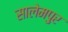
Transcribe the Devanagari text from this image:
सालेमपुर